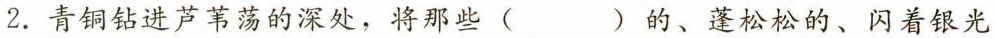
2. 青铜钻进芦苇荡的深处，将那些 ( ) 的、蓬松松的、闪着银光